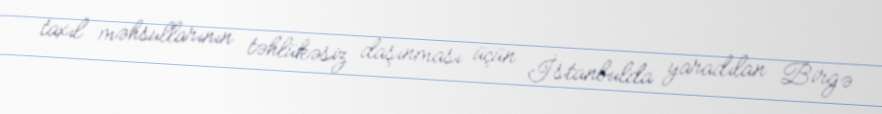
taxıl məhsullarının təhlükəsiz daşınması üçün İstanbulda yaradılan Birgə